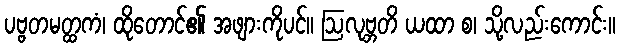
ပဗ္ဗတမတ္ထကံ၊ ထိုတောင်၏ အဖျားကိုပင်။ ဩလုဗ္ဘတိ ယထာ စ၊ သို့လည်းကောင်း။